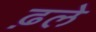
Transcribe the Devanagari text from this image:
ढ़ले